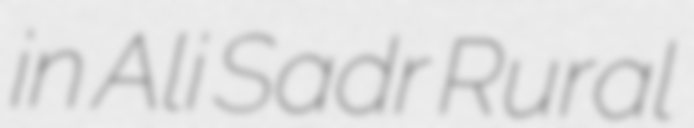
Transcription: in Ali Sadr Rural